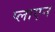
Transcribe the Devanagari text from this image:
प्लाएन